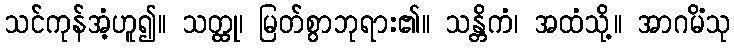
သင်ကုန်အံ့ဟူ၍။ သတ္ထု၊ မြတ်စွာဘုရား၏။ သန္တိကံ၊ အထံသို့။ အာဂမိံသု